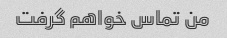
من تماس خواهم گرفت